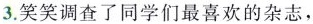
3.笑笑调查了同学们最喜欢的杂志，